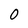
Character: 0